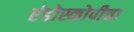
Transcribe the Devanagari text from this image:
एंडोस्कोपीचा